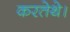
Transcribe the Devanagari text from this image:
करतेथे।